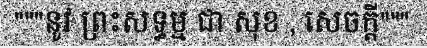
"""នូវ ព្រះសទ្ធម្ម ជា សុខ , សេចក្តី"""